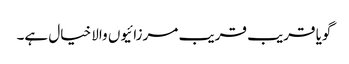
گویا قریب قریب مرزائیوں والا خیال ہے۔